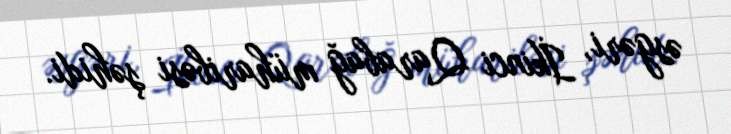
əsgəri, İkinci Qarabağ müharibəsi şəhidi.